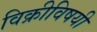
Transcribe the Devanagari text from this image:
विक्रीविषयी